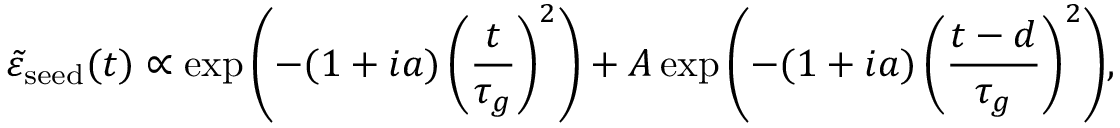
\tilde { \varepsilon } _ { \mathrm { s e e d } } ( t ) \propto \exp { \left( - ( 1 + i a ) \left( \frac { t } { \tau _ { g } } \right) ^ { 2 } \right) } + A \exp { \left( - ( 1 + i a ) \left( \frac { t - d } { \tau _ { g } } \right) ^ { 2 } \right) } ,